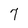
Character: 7